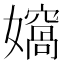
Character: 𭒨